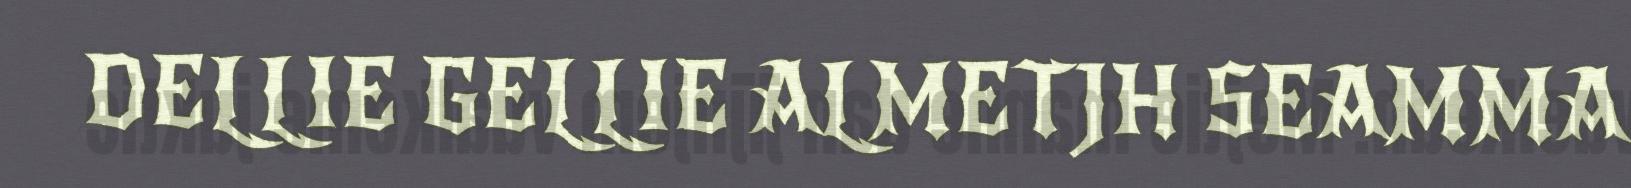
DELLIE GELLIE ALMETJH SEAMMA